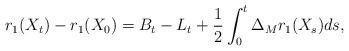
LaTeX: \begin{align*} r_1(X_t)-r_1(X_0)=B_t-L_t+\frac{1}{2}\int_0^t\Delta_Mr_1(X_s)ds,\end{align*}